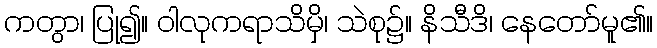
ကတွာ၊ ပြု၍။ ဝါလုကရာသိမှိ၊ သဲစု၌။ နိသီဒိ၊ နေတော်မူ၏။